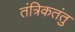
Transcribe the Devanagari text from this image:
तंत्रिकतंतु